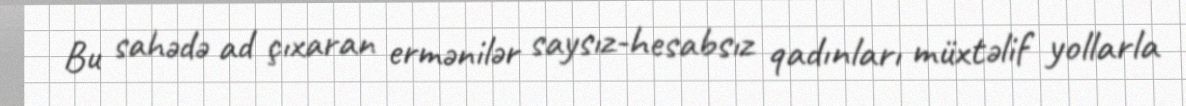
Bu sahədə ad çıxaran ermənilər saysız-hesabsız qadınları müxtəlif yollarla